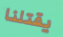
يقتلنا